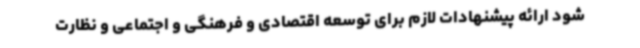
شود ارائه پیشنهادات لازم برای توسعه اقتصادی و فرهنگی و اجتماعی و نظارت